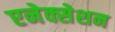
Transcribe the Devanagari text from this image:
एनेक्सेशन